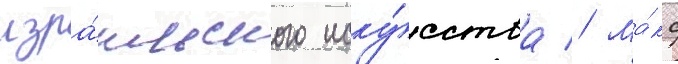
изра́ильского иску́сства // Ма́кс